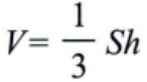
\(V = \frac{1}{3} Sh\)